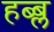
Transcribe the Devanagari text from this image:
हब्ब्ल